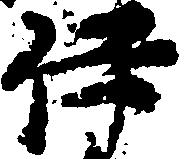
伊